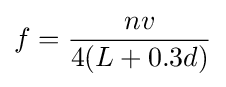
f={nv \over 4(L+0.3d)}